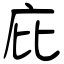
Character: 庇